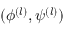
( \phi ^ { ( l ) } , \psi ^ { ( l ) } )